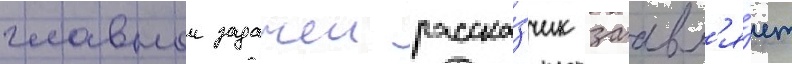
главнои задачеи расска́зчик заавл'я́ет